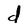
Character: d